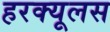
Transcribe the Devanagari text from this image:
हरक्‍यूलस